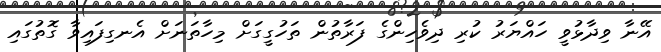
އޭނާ ވިދާޅުވީ ހައްޔަރު ކުރި ދިވެހިންގެ ފަރާތުން ތަހުގީގަށް މިހާތަނަށް އެނގިފައިވާ ގޮތުގައި